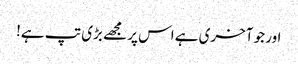
اور جو آخری ہے اس پر مجھے بڑی تپ ہے!